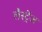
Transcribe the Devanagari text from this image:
लैस्ट्रेंज